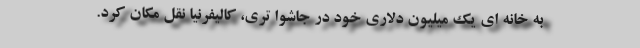
به خانه ای یک میلیون دلاری خود در جاشوا تری، کالیفرنیا نقل مکان کرد.